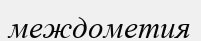
междометия